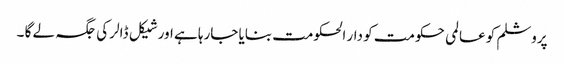
پروشلم کو عالمی حکومت کو دار الحکومت بنایا جارہا ہے اور شیکل ڈالر کی جگہ لے گا ۔